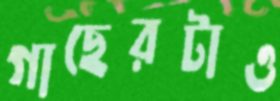
গাছেরটাও